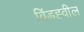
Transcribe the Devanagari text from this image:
विंडह्वील